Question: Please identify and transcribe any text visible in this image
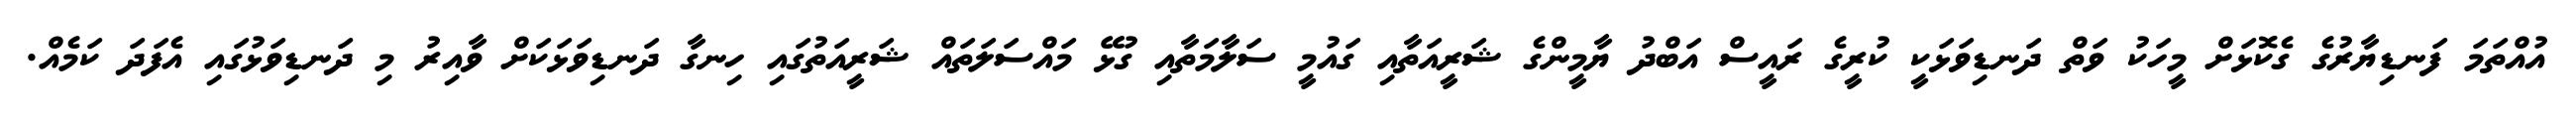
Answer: އުއްތަމަ ފަނޑިޔާރުގެ ގެކޮޅަށް މީހަކު ވަތް ދަނޑިވަޅަކީ ކުރީގެ ރައީސް އަބްދު ޔާމީންގެ ޝަރީއަތާއި ގައުމީ ސަލާމަތާއި ގުޅޭ މައްސަލަތައް ޝަރީއަތުގައި ހިނގާ ދަނޑިވަޅަކަށް ވާއިރު މި ދަނޑިވަޅުގައި އެފަދަ ކަމެއް.